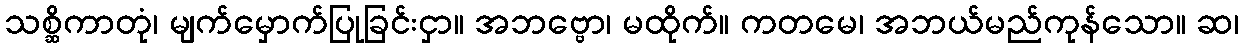
သစ္ဆိကာတုံ၊ မျက်မှောက်ပြုခြင်းငှာ။ အဘဗ္ဗော၊ မထိုက်။ ကတမေ၊ အဘယ်မည်ကုန်သော။ ဆ၊